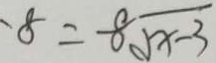
- 8 = - 8 \sqrt { x - 3 }